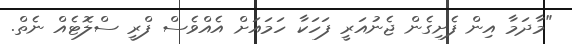
"މާދަމާ އިން ފެށިގެން ޖެނުއަރީ ފަހަކާ ހަމައަށް އެއްވެސް ފްރީ ސްލޮޓެއް ނެތް.